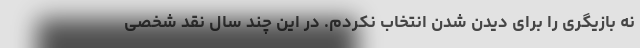
نه بازیگری را برای دیدن شدن انتخاب نکردم. در این چند سال نقد شخصی